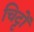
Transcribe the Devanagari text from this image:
चिट्टों